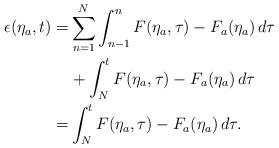
LaTeX: \begin{align*}\begin{aligned}\epsilon(\eta_a,t) =& \sum_{n = 1}^N\int_{n-1}^{n} F(\eta_a,\tau)-F_a(\eta_a)\,d \tau \\& +\int_{N}^{t} F(\eta_a,\tau)-F_a(\eta_a)\,d \tau\\=& \int_{N}^{t} F(\eta_a,\tau)-F_a(\eta_a)\,d \tau.\end{aligned}\end{align*}